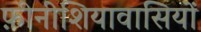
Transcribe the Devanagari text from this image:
फ़ीनीशियावासियों